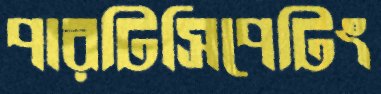
পারটিসিপেটিং